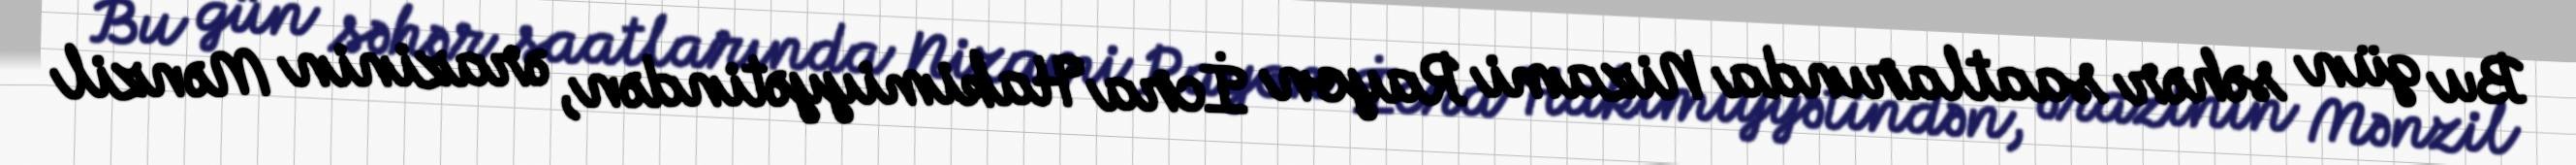
Bu gün səhər saatlarında Nizami Rayon İcra Hakimiyyətindən, ərazinin Mənzil